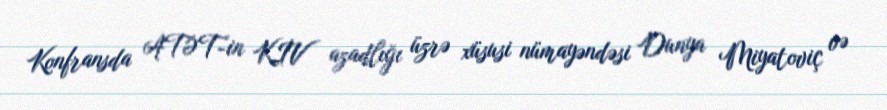
Konfransda ATƏT-in KİV azadlığı üzrə xüsusi nümayəndəsi Dunya Miyatoviç və